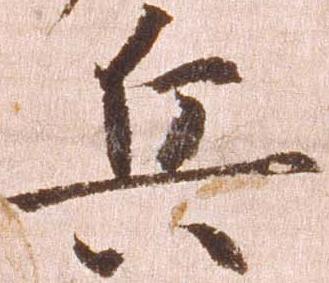
兵